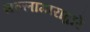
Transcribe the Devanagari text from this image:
सल्लागाराद्वारे